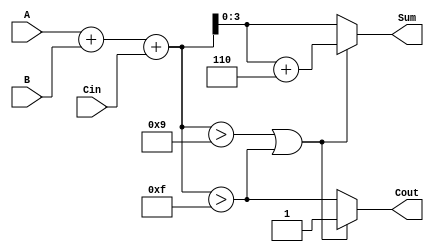
module BCD_Synchronous_Adder (
    input  wire [3:0] A,      // First BCD operand
    input  wire [3:0] B,      // Second BCD operand
    input  wire Cin,          // Carry input
    output reg  [3:0] Sum,    // BCD sum output
    output reg  Cout          // Carry output
);

    // Internal signals
    wire [4:0] binary_sum;    // 5-bit to accommodate carry
    wire adjustment_needed;     // Flag for BCD adjustment

    // Step 1: Binary addition
    assign binary_sum = A + B + Cin;

    // Step 2: Check if adjustment is needed
    assign adjustment_needed = (binary_sum > 5'b01001) || (binary_sum > 5'b01111);

    // Step 3: BCD adjustment and output assignment
    always @(*) begin
        if (adjustment_needed) begin
            Sum = binary_sum + 5'b00110; // Add 6 to adjust
            Cout = 1'b1;                 // Set carry out
        end else begin
            Sum = binary_sum[3:0];       // Use lower 4 bits of sum
            Cout = (binary_sum > 5'b01111); // Set carry out if binary sum exceeds 15
        end
    end

endmodule